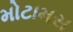
મોટામસ